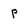
Character: p